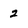
Character: 2